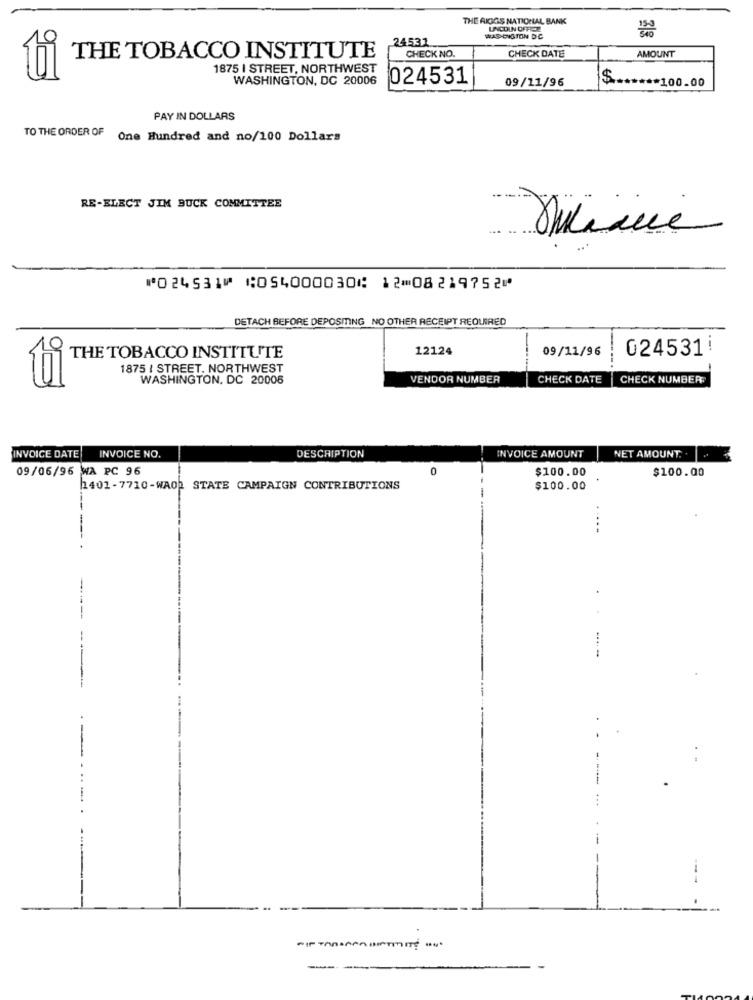
THE RIGGS NATIONAL BANK
LACOIN OFFER
24531
WASHOUSTON DC
THE TOBACCO INSTITUTE
CHECK NO.
CHECK DATE
AMOUNT
1875 I STREET, NORTHWEST
WASHINGTON, DC 20006
024531
09/11/96
$ ****** 100.00
PAY IN DOLLARS
TO THE ORDER OF One Hundred and no/100 Dollars
RE-ELECT JIM BUCK COMMITTEE
⑈024531⑈ ⑆054000030⑆ 12⑉08219752⑈
DETACH BEFORE DEPOSITING NO OTHER RECEIPT REQUIRED
12124
09/11/96
024531!
THE TOBACCO INSTITUTE
1875 { STREET. NORTHWEST
WASHINGTON, DC 20006
VENDOR NUMBER
CHECK DATE
CHECK NUMBER
INVOICE DATE
INVOICE NO.
DESCRIPTION
NET AMOUNT. .
INVOICE AMOUNT
09/06/96 WA PC 96
0
$100.00
$100.00
1401-7710-WAO. STATE CAMPAIGN CONTRIBUTIONS
$100.00
---